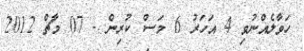
ހަވާލެއްނުވި 4 އަހަރު 6 މަސް ކުރިން - 07 މާޗް 2012